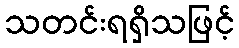
သတင်းရရှိသဖြင့်